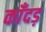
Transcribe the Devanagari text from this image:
काँदड़